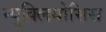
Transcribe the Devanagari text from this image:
न्युक्लियोसिस